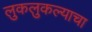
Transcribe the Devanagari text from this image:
लुकलुकल्याचा